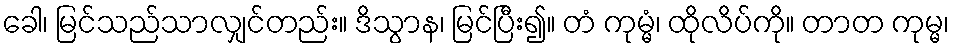
ခေါ၊ မြင်သည်သာလျှင်တည်း။ ဒိသွာန၊ မြင်ပြီး၍။ တံ ကုမ္မံ၊ ထိုလိပ်ကို။ တာတ ကုမ္မ၊